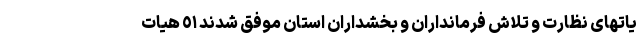
یاتهای نظارت و تلاش فرمانداران و بخشداران استان موفق شدند ٥١ هیات